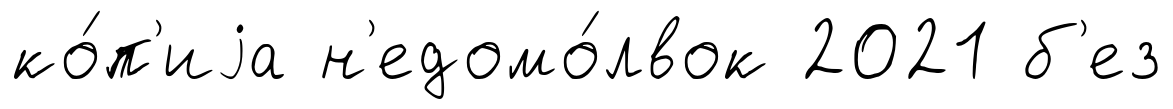
ко́п'иjа н'едомо́лвок 2021 б'ез